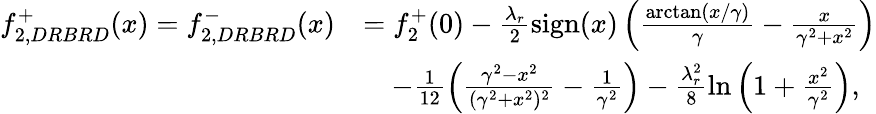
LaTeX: \begin{array}{rl}{f_{2,DRBRD}^{+}(x)=f_{2,DRBRD}^{-}(x)}&{=f_{2}^{+}(0)-\frac{\lambda_{r}}{2}\textnormal{sign}(x)\left(\frac{\arctan(x/\gamma)}{\gamma}-\frac{x}{\gamma^{2}+x^{2}}\right)}\\ &{\quad-\frac{1}{12}\left(\frac{\gamma^{2}-x^{2}}{(\gamma^{2}+x^{2})^{2}}-\frac{1}{\gamma^{2}}\right)-\frac{\lambda_{r}^{2}}{8}\ln\left(1+\frac{x^{2}}{\gamma^{2}}\right),}\end{array}